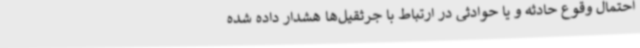
احتمال وقوع حادثه و یا حوادثی در ارتباط با جرثقیل‌ها هشدار داده شده